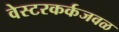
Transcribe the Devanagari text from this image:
वेस्टरकर्कजवळ